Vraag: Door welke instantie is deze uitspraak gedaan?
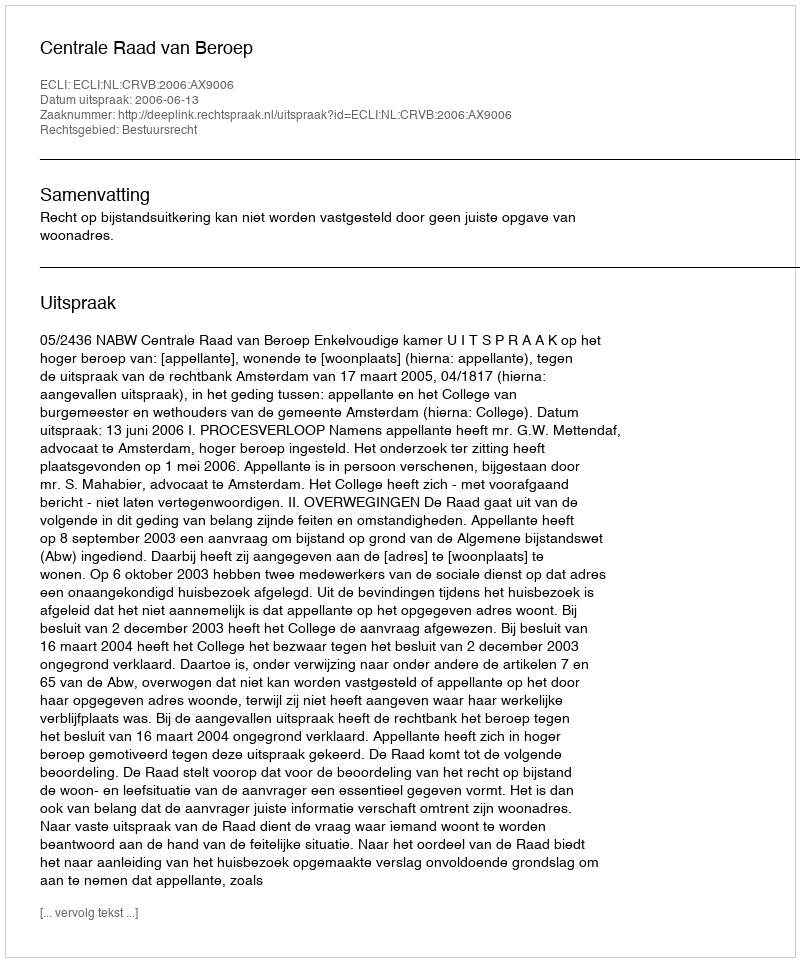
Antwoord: Centrale Raad van Beroep